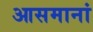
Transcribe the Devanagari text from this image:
आसमानां